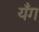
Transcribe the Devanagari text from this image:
यँग